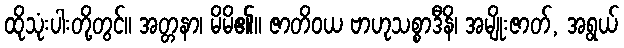
ထိုသုံးပါးတို့တွင်။ အတ္တနာ၊ မိမိ၏။ ဇာတိဝယ ဗာဟုသစ္စာဒီနိ၊ အမျိုးဇာတ်, အရွယ်